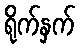
ရိုက်နှက်